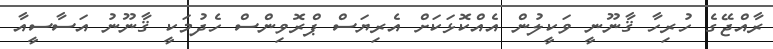
ރާއްޖޭގެ ހުރިހާ ޤާނޫނީ ވަކީލުން އެއްކޮޅަކަށް އެރިޔަސް ޕްރޮވިންސް ހެދުމަކީ ޤާނޫނު އަސާސީއާ